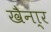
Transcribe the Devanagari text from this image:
खैना्र